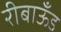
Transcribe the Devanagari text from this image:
रीबाऊँड